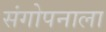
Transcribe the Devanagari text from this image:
संगोपनाला